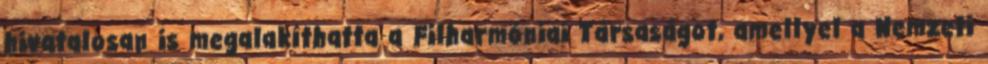
hivatalosan is megalakíthatta a Filharmóniai Társaságot, amellyel a Nemzeti